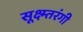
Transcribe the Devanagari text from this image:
सूक्ष्म्तरंगी